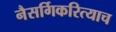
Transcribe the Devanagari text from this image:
नैसर्गिकरित्याच